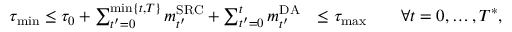
\begin{array} { r l } { \tau _ { \operatorname* { m i n } } \leq \tau _ { 0 } + \sum _ { t ^ { \prime } = 0 } ^ { \operatorname* { m i n } \{ t , T \} } m _ { t ^ { \prime } } ^ { \mathrm { S R C } } + \sum _ { t ^ { \prime } = 0 } ^ { t } m _ { t ^ { \prime } } ^ { \mathrm { D A } } } & { \leq \tau _ { \operatorname* { m a x } } \qquad \forall t = 0 , \dots , T ^ { * } , } \end{array}